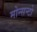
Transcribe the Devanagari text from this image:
मोन्सन्टो